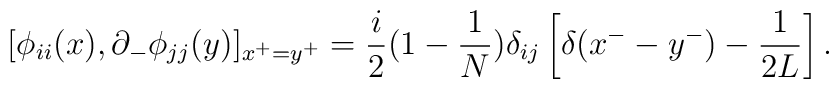
[\phi_{ii}(x), \partial_-\phi_{jj}(y)]_{x^+=y^+}=\frac{i}{2}(1-\frac{1}{N})\delta_{ij}\left[\delta(x^--y^-)-\frac{1}{2L}\right].